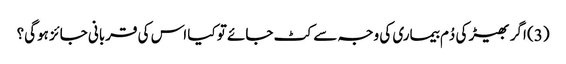
(3) اگر بھیڑ کی دُم بیماری کی وجہ سے کٹ جائے تو کیا اس کی قربانی جائز ہوگی؟